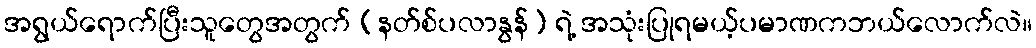
အရွယ်ရောက်ပြီးသူတွေအတွက် (နတ်စ်ပလာနွန်) ရဲ့ အသုံးပြုရမယ့်ပမာဏကဘယ်လောက်လဲ။